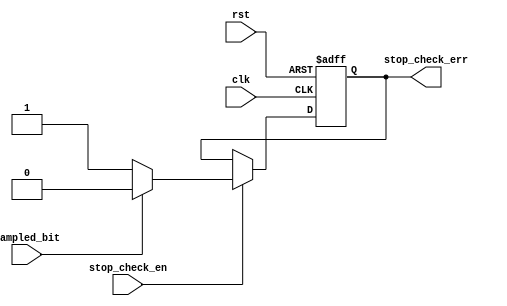
module stop_check(
  input wire stop_check_en,sampled_bit,
  input wire clk,rst,
  output reg stop_check_err
  );
  
always@(posedge clk or negedge rst)begin
  if(!rst)
    stop_check_err <= 1'b0;
  else if(stop_check_en)begin
    if(sampled_bit == 1'b1)
      stop_check_err <= 1'b0;
    else
      stop_check_err <= 1'b1;
  end    
end      
endmodule